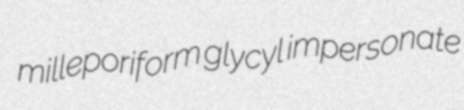
milleporiform glycyl impersonate